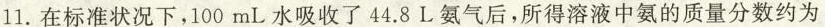
11. 在标准状况下，100 mL 水吸收了44.8 L 氨气后，所得溶液中氨的质量分数约为